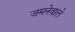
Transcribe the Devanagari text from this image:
जमनेवाले